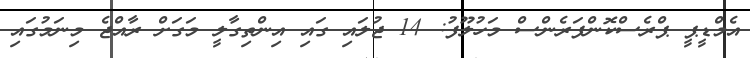
އެމްޑީޕީ ޕްރެސްކޮންފަރެންސް މަހުލޫފު: 14 ޖުލައި ގައި އިންތިގާލީ މަގަށް ރާއްޖެ މިނަމުގައި